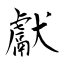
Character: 獻